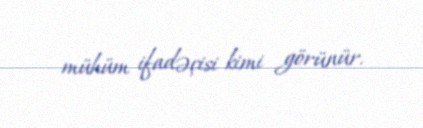
mühüm ifadəçisi kimi görünür.